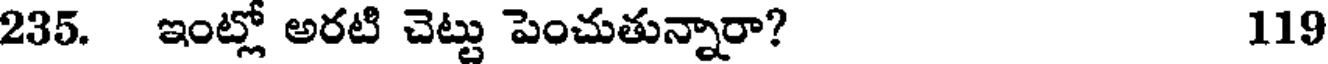
235. ఇంట్లో అరటి చెట్టు పెంచుతున్నారా? 119